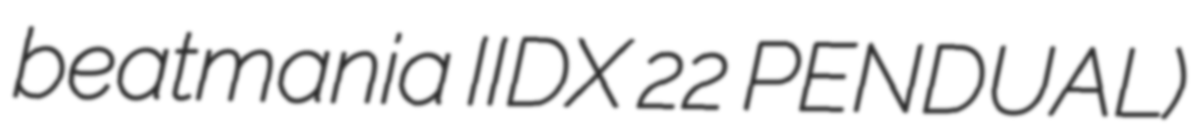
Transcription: beatmania IIDX 22 PENDUAL)